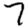
Digit: 7